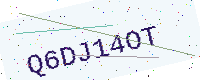
Text: Q6DJ14OT